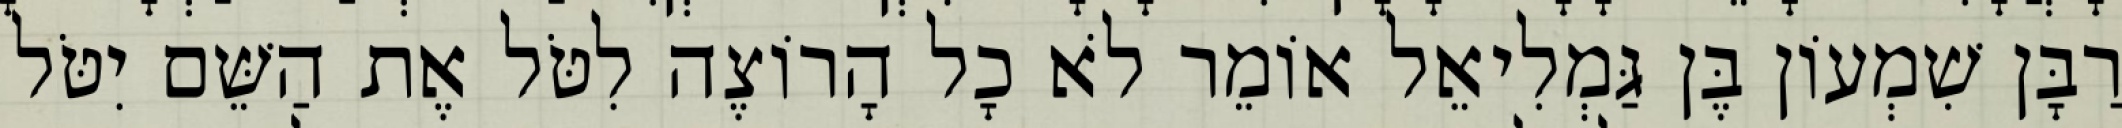
רַבָּן שִׁמְעוֹן בֶּן גַּמְלִיאֵל אוֹמֵר לֹא כָל הָרוֹצֶה לִטֹּל אֶת הַשֵּׁם יִטֹּל